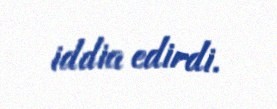
iddia edirdi.